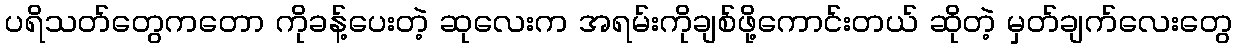
ပရိသတ်တွေကတော ကိုခန့်ပေးတဲ့ ဆုလေးက အရမ်းကိုချစ်ဖို့ကောင်းတယ် ဆိုတဲ့ မှတ်ချက်လေးတွေ